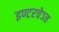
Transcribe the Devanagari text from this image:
इण्टरचेञ्ज